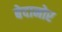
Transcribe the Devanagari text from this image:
बेदानोर